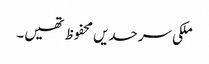
ملکی سرحدیں محفوظ تھیں۔